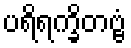
ပရိရက္ခိတဗ္ဗံ